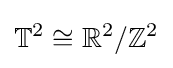
\mathbb {T} ^{2}\cong \mathbb {R} ^{2}/\mathbb {Z} ^{2}